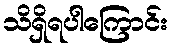
သိရှိရပါကြောင်း